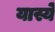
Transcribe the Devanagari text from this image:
यास्ये